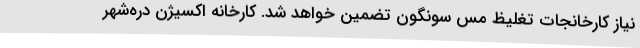
نیاز کارخانجات تغلیظ مس سونگون تضمین خواهد شد. کارخانه اکسیژن دره‌شهر